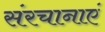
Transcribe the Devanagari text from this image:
संरचानाएं